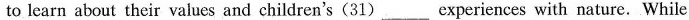
to learn about their values and children's(31)___experiences with nature. While